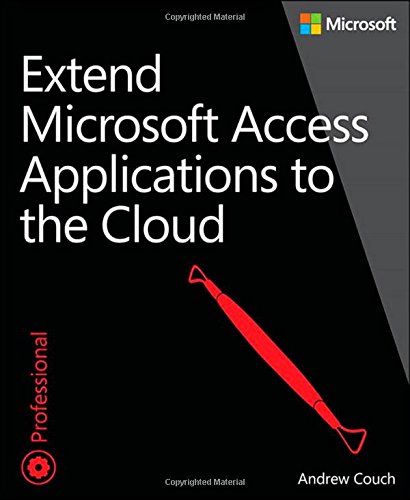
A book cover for Extend Microsoft Access Applications to the Cloud; Andrew Couch; Computers & Technology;